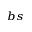
_ { b s }